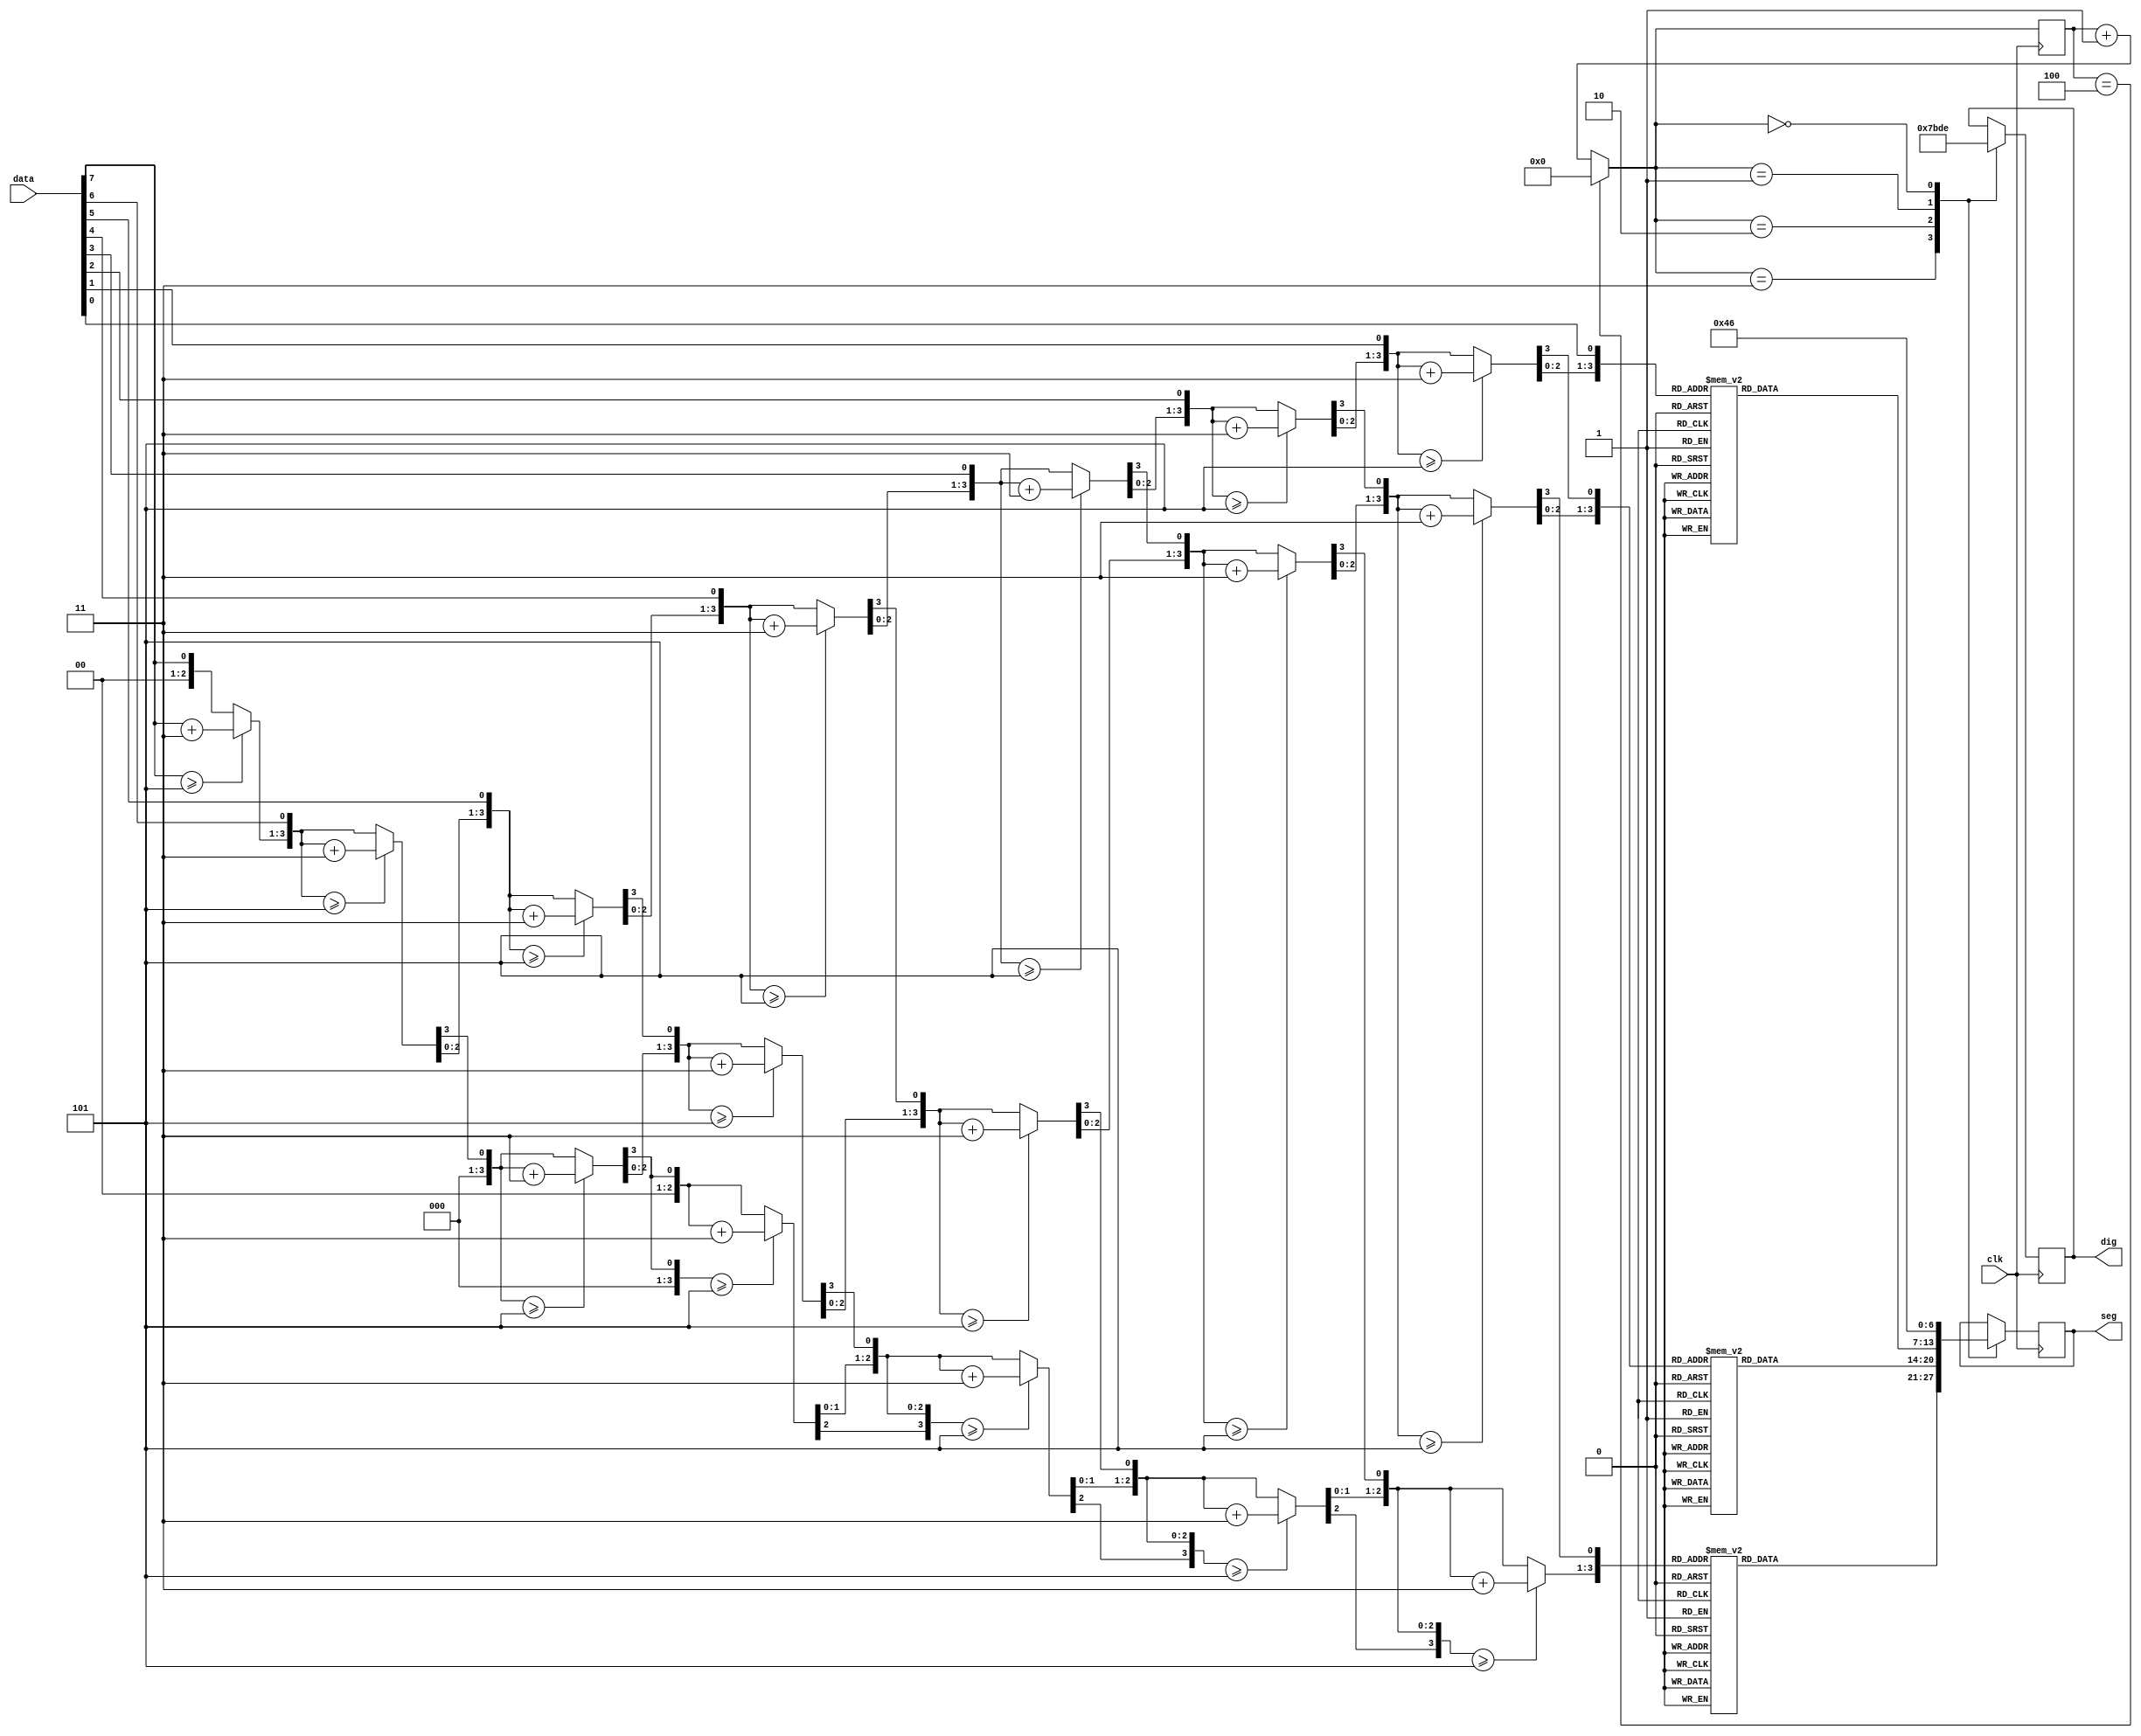
`timescale 1ns / 1ps
//////////////////////////////////////////////////////////////////////////////////
// Company: 
// Engineer: 
// 
// Design Name: 
// Module Name: 7sd
// Project Name: 
// Target Devices: 
// Tool Versions: 
// Description: 
// 
// Dependencies: 
// 
// Revision:
// Revision 0.01 - File Created
// Additional Comments:
// 
//////////////////////////////////////////////////////////////////////////////////


module seven_segment_d(
    input [7:0] data, //gelen data
    input clk,        // Sistem clock
    output reg [3:0] dig, // kullanacamz "7 segment display" says 
    output reg [6:0] seg  // kullacamz segment says 7 tane
    );
    
    reg [3:0] hundreds; //yzler basama
    reg [3:0] tens;     //onlar basama
    reg [3:0] ones;     //birler basam
    reg[3:0] a=0;       //case geleri iin kullanlan register
    
 parameter AN0=8'b11111110;     //ilk 7 segment display'n adresi
 parameter AN1=8'b11111101;     //ikinci 7 segment display'in adresi
 parameter AN2 = 8'b11111011;   //nc 7 segment display'in adresi
 parameter AN3 = 8'b11110111;   //dndrc 7 segment display'in adresi
    
 parameter zero = 7'b1000000;  //7 segment'te 0'n binary karl
 parameter one = 7'b1111001;   //7 segment'te 1'n binary karl
 parameter two = 7'b0100100;   //7 segment'te 2'n binary karl
 parameter three = 7'b0110000; //7 segment'te 3'n binary karl
 parameter four = 7'b0011001;  //7 segment'te 4'n binary karl
 parameter five = 7'b0010010;  //7 segment'te 5'n binary karl
 parameter six = 7'b0000010;   //7 segment'te 6'n binary karl
 parameter seven = 7'b1111000; //7 segment'te 7'n binary karl
 parameter eigth = 7'b0000000; //7 segment'te 8'n binary karl
 parameter nine = 7'b0010000;  //7 segment'te 9'n binary karl

    integer i;

always @(posedge clk) 
begin
hundreds=4'b0;
tens=4'b0;
ones=4'b0;

for(i=7;i>=0;i=i-1) //binary' decimale evirdiimiz if blou
begin
    if(hundreds>=5)hundreds=hundreds+3;
    if(tens>=5)tens=tens+3;
    if(ones>=5)ones=ones+3;
    
    hundreds=hundreds<<1;
    hundreds[0]=tens[3];
    tens=tens<<1;
    tens[0]=ones[3];
    ones=ones<<1;
    ones[0]=data[i];
end

if(a==4)        //toplam 4 tane case var bu yzden 4 kere loop yaplacaktr.
a=0;            
else 
a<=a+1'd1; 

               case(a)  
3:begin  
                    case(hundreds [3:0])  
                    0 : seg <= zero;   
                    1 : seg <= one;  
                    2 : seg <= two;  
                    3 : seg <= three;  
                    4 : seg <= four;  
                    5 : seg <= five;  
                    6 : seg <= six;  
                    7 : seg <= seven;  
                    8 : seg <= eigth;  
                    9 : seg <= nine;  
                    default:seg <= 7'b1111111;  
                    endcase  
                    dig <= AN3;  
                 end  
2:begin  
                    case(tens [3:0])  
                    0 : seg <= zero;  
                    1 : seg <= one;  
                    2 : seg <= two;  
                    3 : seg <= three;  
                    4 : seg <= four;  
                    5 : seg <= five;  
                    6 : seg <= six;  
                    7 : seg <= seven;  
                    8 : seg <= eigth;  
                    9 : seg <= nine;  
                    default:seg <= 7'b1111111;  
                  endcase  
                    dig <= AN2;  
                 end
1:begin
                  case(ones [3:0])  
                    0 : seg <= zero;  
                    1 : seg <= one;  
                    2 : seg <= two;  
                    3 : seg <= three;  
                    4 : seg <= four;  
                    5 : seg <= five;  
                    6 : seg <= six;  
                    7 : seg <= seven;  
                    8 : seg <= eigth;  
                    9 : seg <= nine;  
                    default:seg <= 7'b1111111;  
                  endcase  
                     dig <= AN1;             
               end
0:begin
                       seg <= 7'b1000110; 
                        dig <= AN0; 
                        end
            endcase
            end      
endmodule